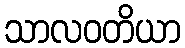
သာလဝတိယာ